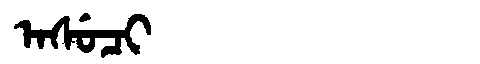
Manchu: ᠠᠰᡠᠴᡳ
Romanization: ASUCI